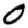
Digit: 0